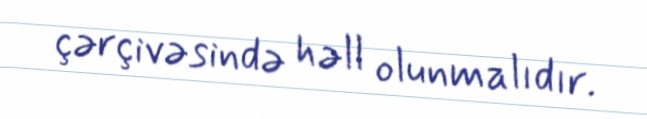
çərçivəsində həll olunmalıdır.